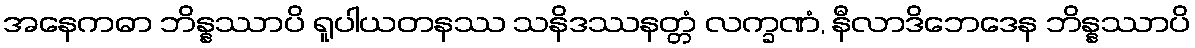
အနေကဓာ ဘိန္နဿာပိ ရူပါယတနဿ သနိဒဿနတ္တံ လက္ခဏံ, နီလာဒိဘေဒေန ဘိန္နဿာပိ